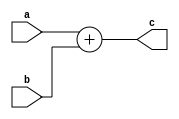
`timescale 1ns / 1ps
//////////////////////////////////////////////////////////////////////////////////
// Company: 
// Engineer: 
// 
// Design Name: 
// Module Name:    exe_jump 
// Project Name: 
// Target Devices: 
// Tool versions: 
// Description: 
//
// Dependencies: 
//
// Revision: 
// Revision 0.01 - File Created
// Additional Comments: 
//
//////////////////////////////////////////////////////////////////////////////////
module exe_jump(
    input [7:0] a,
    input [7:0] b,
    output [7:0] c
    );
assign c = a+b;

endmodule